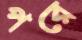
পরে